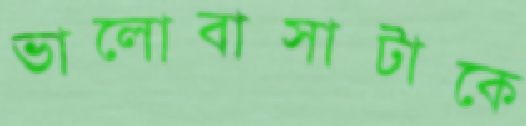
ভালোবাসাটাকে